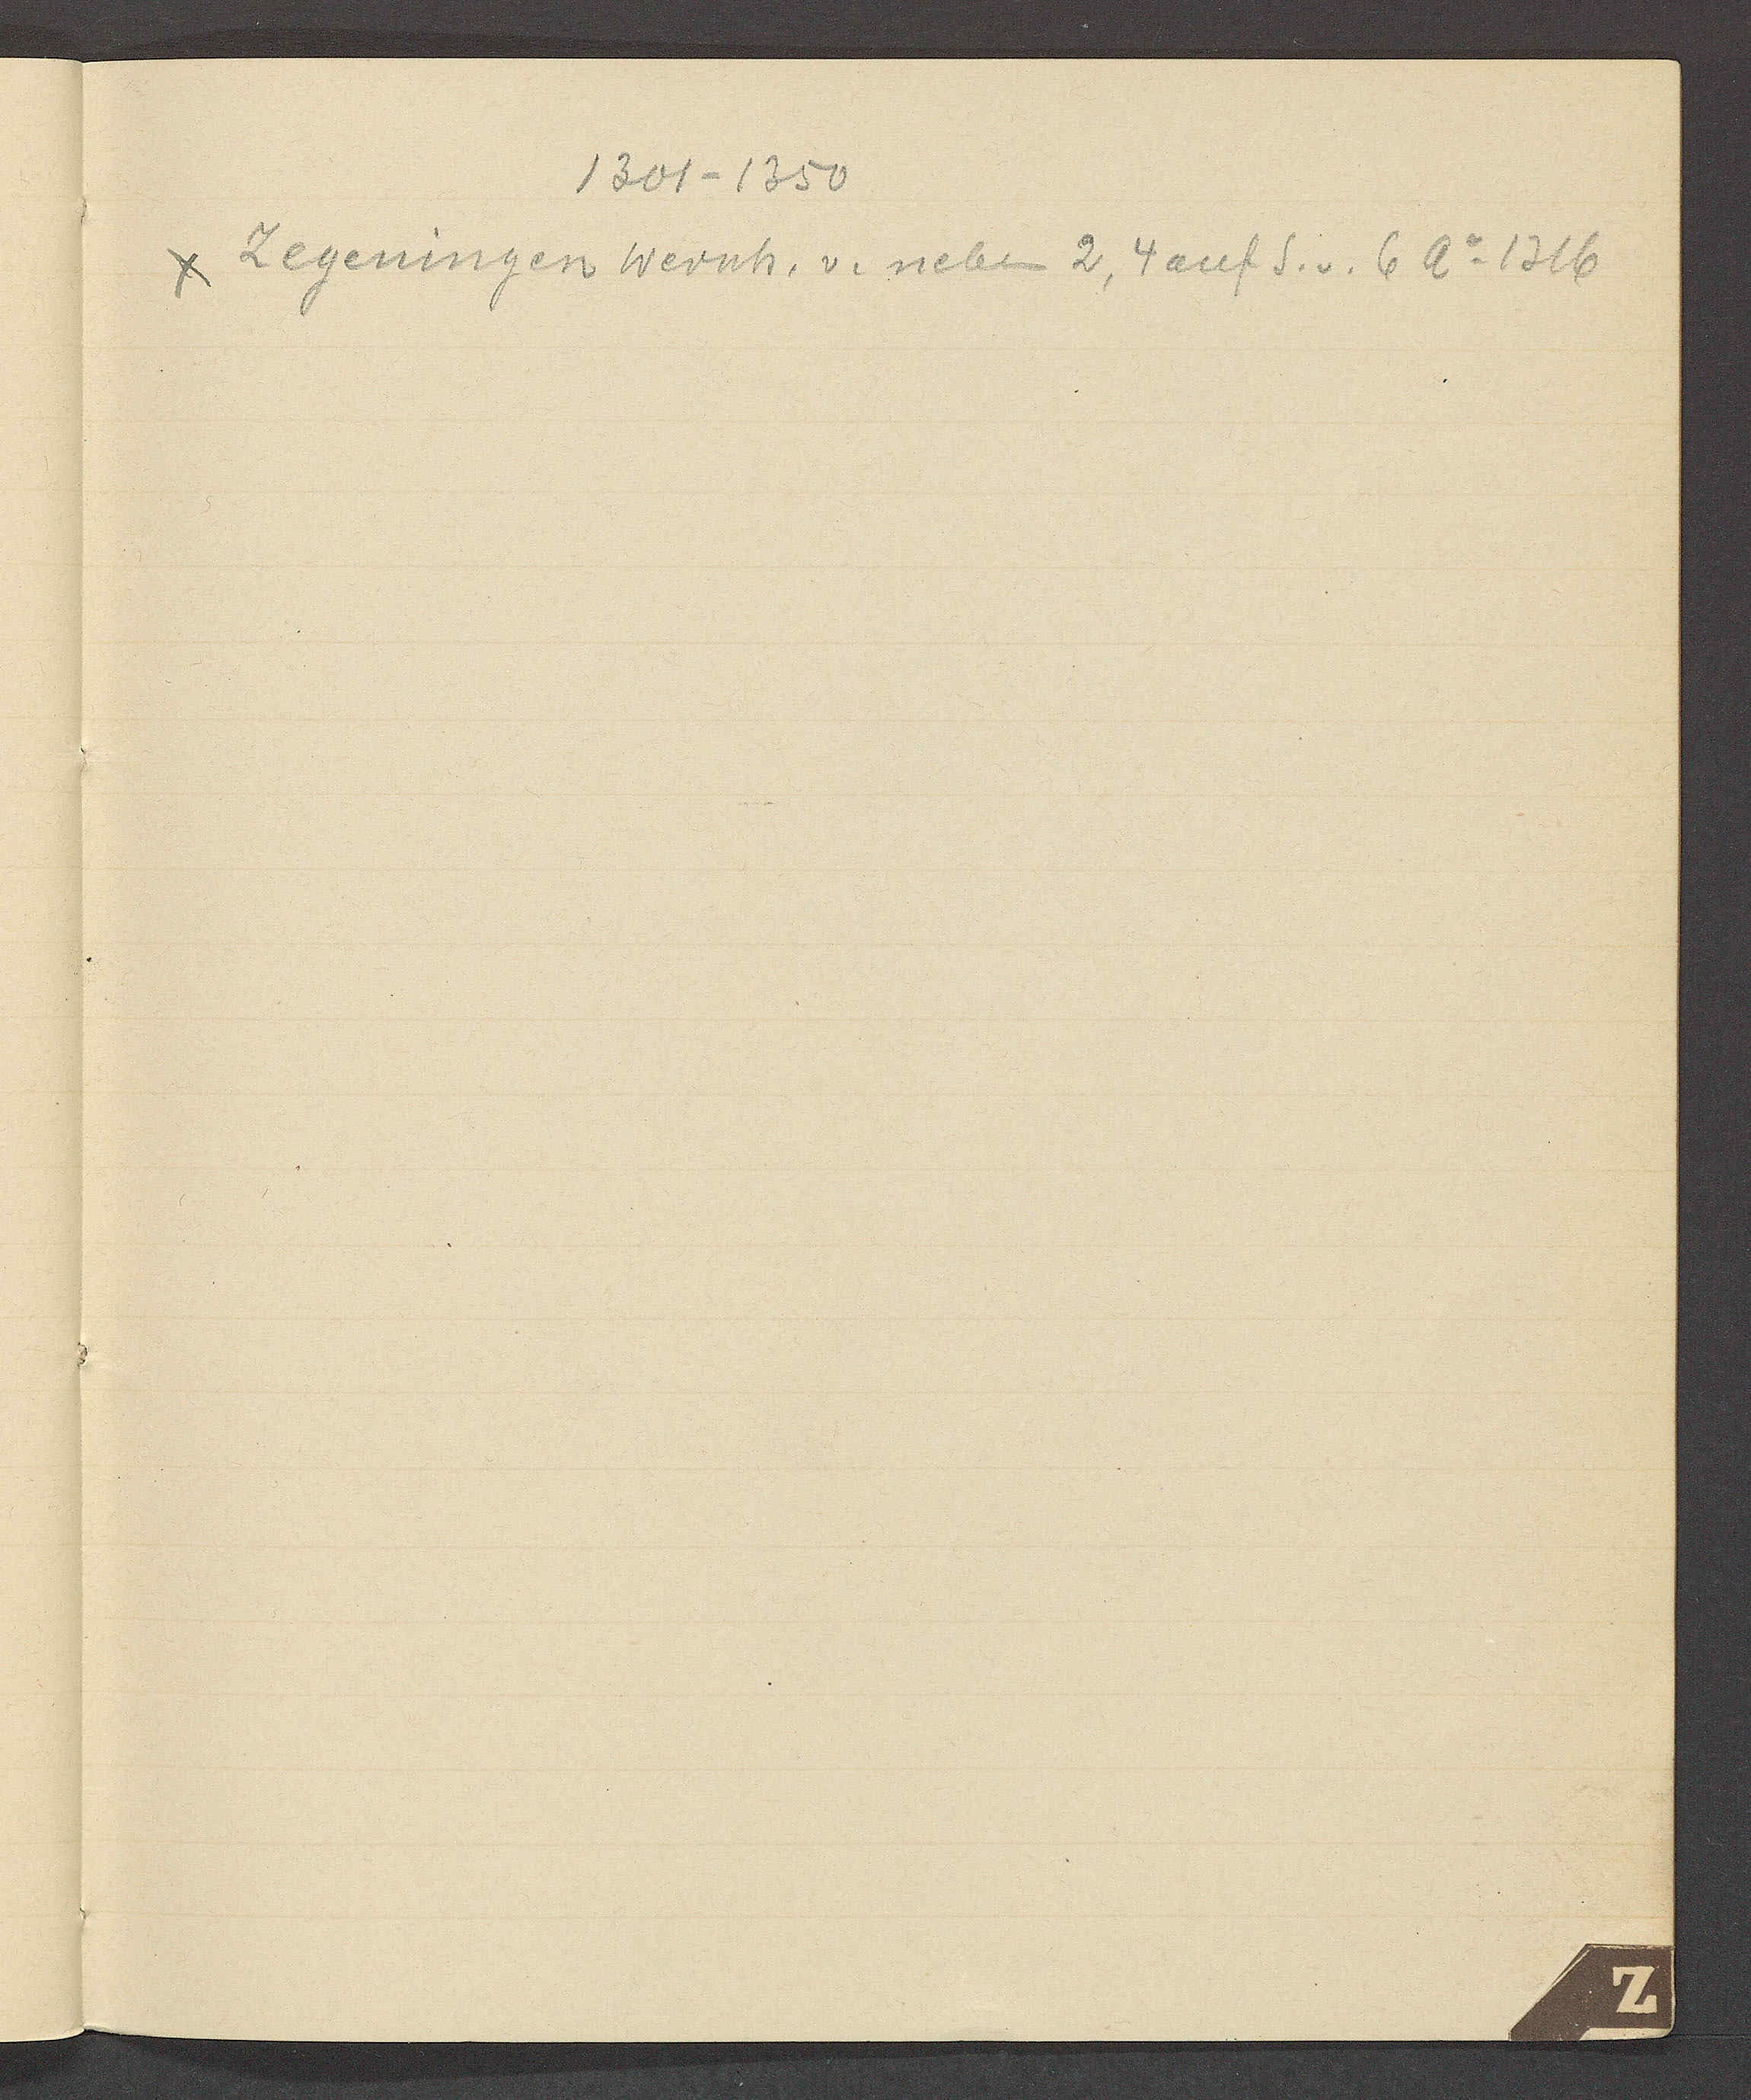
Transcript:
1301 – 1350
Zegeningen Wernh. v. neben 2, 4 auf S. v. 6 Ao 1316